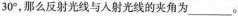
30°，那么反射光线与入射光线的夹角为___。